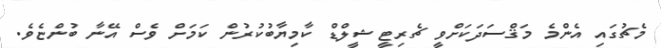
މެޗުގައި އެންމެ މަޤްސަދަކަށްވީ ޗެރިޓީ ޝީލްޑް ކާމިޔާބުކުރުން ކަމަށް ވެސް އޭނާ ބުންޏެވެ.